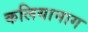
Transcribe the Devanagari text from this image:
कलियानाग